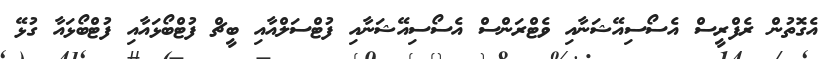
އެގޮތުން ރެފްރީސް އެސޯސިއޭޝަނާއި ވެޓްރަންސް އެސޯސިއޭޝަނާއި ފުޓްސަލްއާއި ބީޗް ފުޓްބޯޅައާއި ފުޓްބޯޅައާ ގުޅޭ